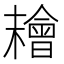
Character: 𣞄